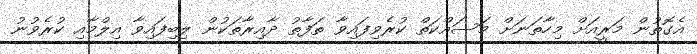
އެގޮތުން މަރީއަށް މިހާތަނަށް މަސައްކަތް ކުރެވިފައިވާ ތަފާތު ދާއިރާތަކުން ލިބިފައިވާ އިލްމާއި ކުރެވުނު